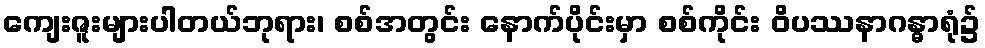
ကျေးဇူးများပါတယ်ဘုရား၊ စစ်အတွင်း နောက်ပိုင်းမှာ စစ်ကိုင်း ဝိပဿနာဂန္ဓာရုံ၌